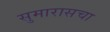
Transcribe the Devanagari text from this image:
सुमारासचा